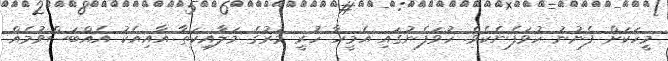
މީހަކަށް ފެނުނު ހުވަފެނެކެވެ. ހުވަފެނުގައި އެމީހާ ހުރީ މަރުގެ މަލާއިކަތާ އާއިއެކު އެއްބަސްވުމެއް